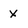
Character: x